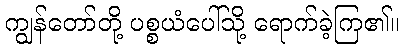
ကျွန်တော်တို့ ပစ္စယံပေါ်သို့ ရောက်ခဲ့ကြ၏။